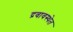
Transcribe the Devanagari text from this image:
द्रवावस्थेत